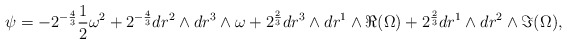
\begin{align*}\psi = - 2^{-\frac{4}{3}} \frac{1}{2} \omega^2 + 2^{-\frac{4}{3}} dr^2 \wedge dr^3 \wedge \omega + 2^{\frac{2}{3}} dr^3 \wedge dr^1 \wedge \Re (\Omega) + 2^{\frac{2}{3}} dr^1 \wedge dr^2 \wedge \Im (\Omega),\end{align*}